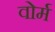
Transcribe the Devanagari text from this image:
वोर्म